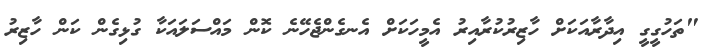
"ތަހުގީގީ އިދާރާއަކަށް ހާޒިރުކުރާއިރު އެމީހަކަށް އެނގެންޖެހޭނެ ކޮން މައްސަލައަކާ ގުޅިގެން ކަން ހާޒިރު